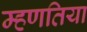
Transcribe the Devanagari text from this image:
म्हणतिया